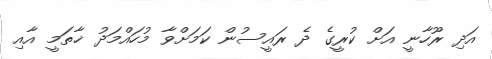
އަދި ރޫހާނީ އަށް ކުރީގެ ދެ ރައީސުން ކަމަށްވާ މުހައްމަދު ޚާތަމީ އާއި